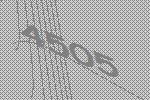
4505